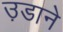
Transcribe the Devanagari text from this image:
उ़डाने